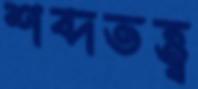
শব্দতত্ত্ব